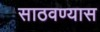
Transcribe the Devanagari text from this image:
साठवण्यास